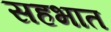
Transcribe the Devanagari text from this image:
सहभात